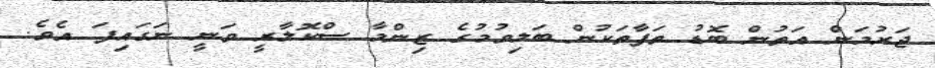
ޖަރުމަން އަތުން ބޮޑު ތަފާތަކުން ބަލިވުމުގެ ޒިންމާ ސްކޮލާރީ ވަނީ ނަގައިފަ އެވެ.